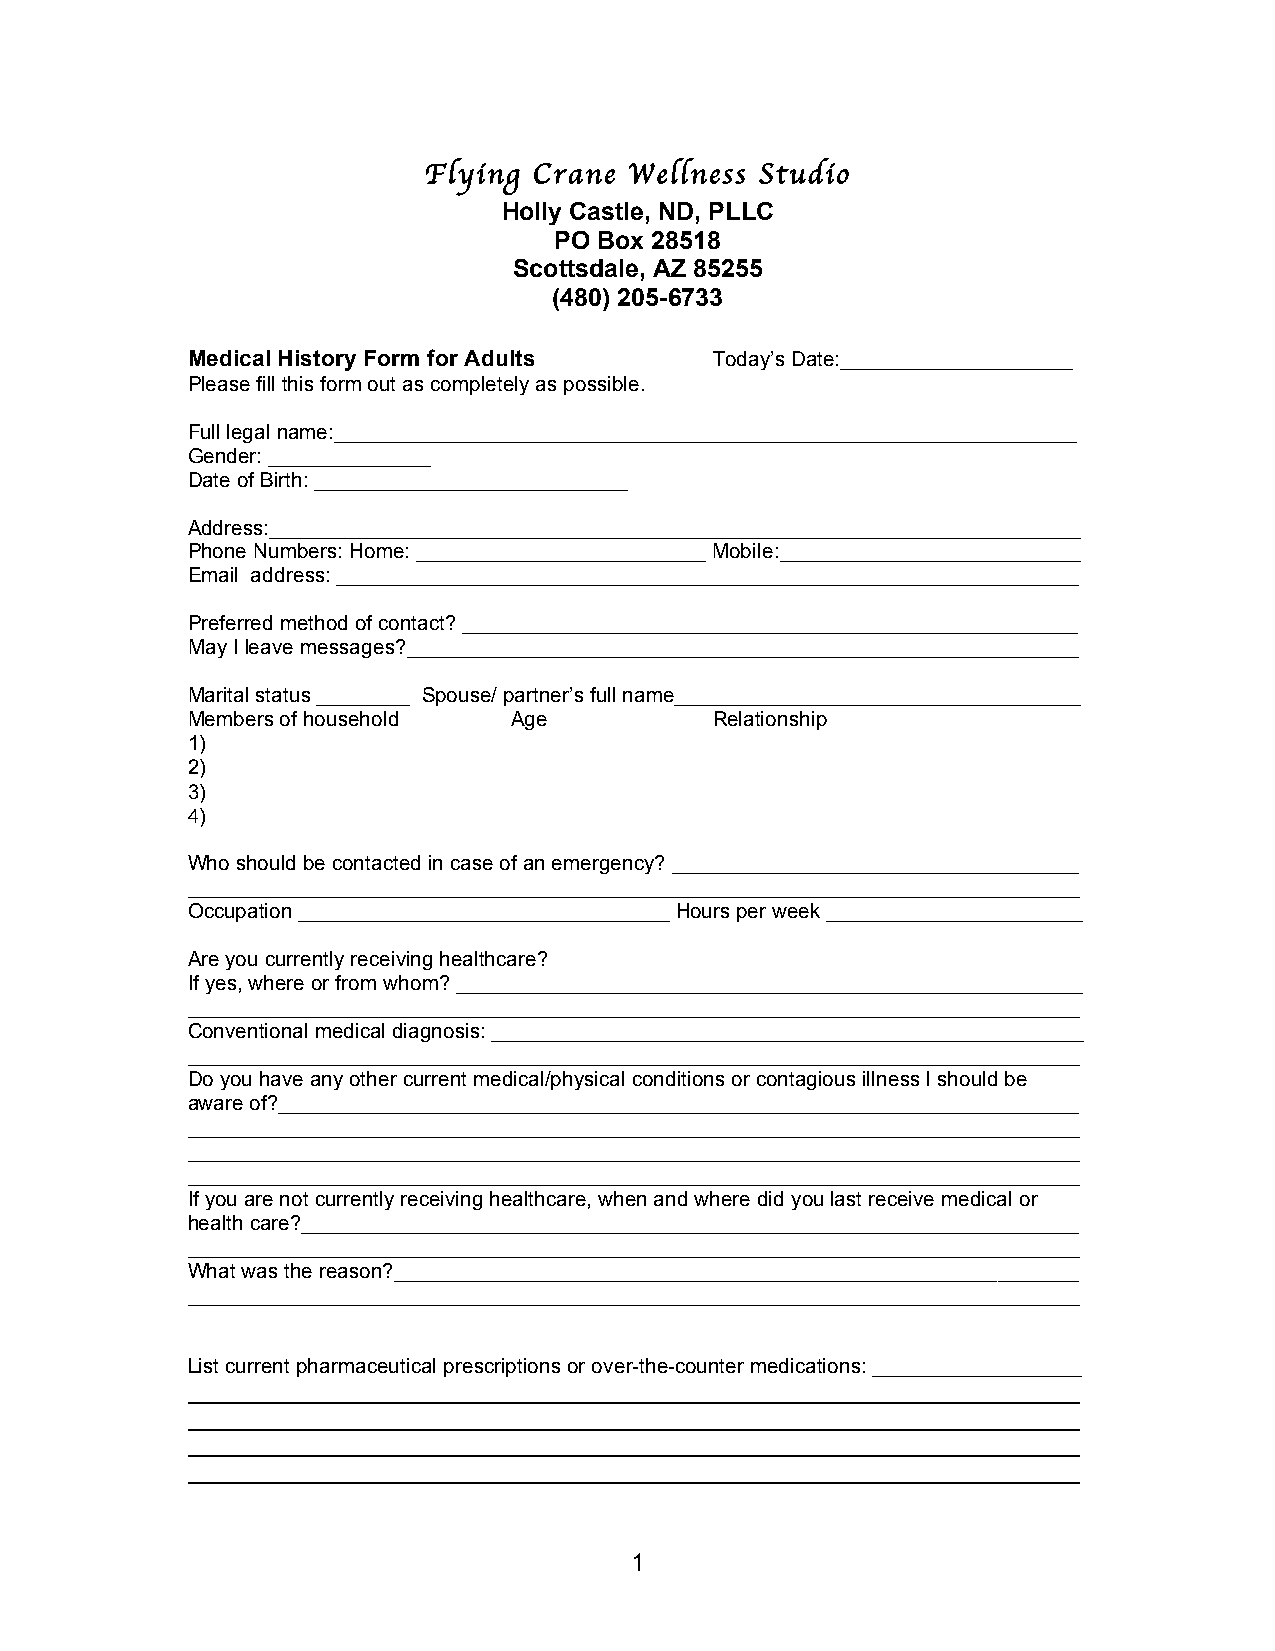
Flying Crane  Wellness Studio
 Holly Castle, ND, PLLC
 PO Box 28518
 Scottsdale, AZ 85255
 (480) 205-6733
 Medical History Form for Adults    Today’s Date:____________________
 Please fill this form out as completely as possible.
 Full legal name:________________________________________________________________
 Gender: ______________
 Date of Birth: ___________________________
 Address:______________________________________________________________________
 Phone Numbers: Home: _________________________ Mobile:__________________________
 Email address: ________________________________________________________________
 Preferred method of contact? _____________________________________________________
 May I leave messages?__________________________________________________________
 Marital status ________ Spouse/ partner’s full name___________________________________
 Members of household  Age          Relationship
 1)
 2)
 3)
 4)
 Who should be contacted in case of an emergency? ___________________________________
 _____________________________________________________________________________
 Occupation ________________________________ Hours per week ______________________
 Are you currently receiving healthcare?
 If yes, where or from whom? ______________________________________________________
 _____________________________________________________________________________
 Conventional medical diagnosis: ___________________________________________________
 _____________________________________________________________________________
 Do you have any other current medical/physical conditions or contagious illness I should be
 aware of?_____________________________________________________________________
 _____________________________________________________________________________
 _____________________________________________________________________________
 _____________________________________________________________________________
 If you are not currently receiving healthcare, when and where did you last receive medical or
 health care?___________________________________________________________________
 _____________________________________________________________________________
 What was the reason?___________________________________________________________
 _____________________________________________________________________________
 List current pharmaceutical prescriptions or over-the-counter medications: __________________
 ______________________________________________________________________
 ______________________________________________________________________
 ______________________________________________________________________
 ______________________________________________________________________
 1